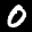
Label: 0